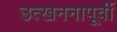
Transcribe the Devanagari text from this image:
उत्खननापूर्वी